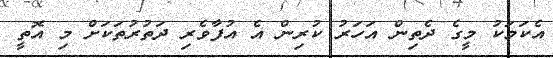
އެކަމަކު މީގެ ދެތިން އަހަރު ކުރިން އެ އުފާވެރި ދަތުރުތަކަށް މި އޮތީ